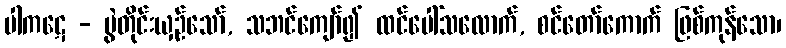
ပါကဋေ - ပွဲတိုင်းယှဉ်သော်, သဘင်ကျော်၍ ထင်ပေါ်သလောက်, စင်တော်ကောက် ဖြစ်ကုန်သော၊